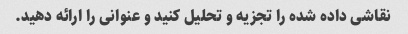
نقاشی داده شده را تجزیه و تحلیل کنید و عنوانی را ارائه دهید.